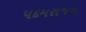
પદમરાજન